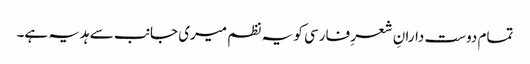
تمام دوست دارانِ شعرِ فارسی کو یہ نظم میری جانب سے ہدیہ ہے۔